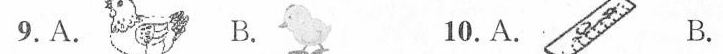
9. A. B. 10. A. B.